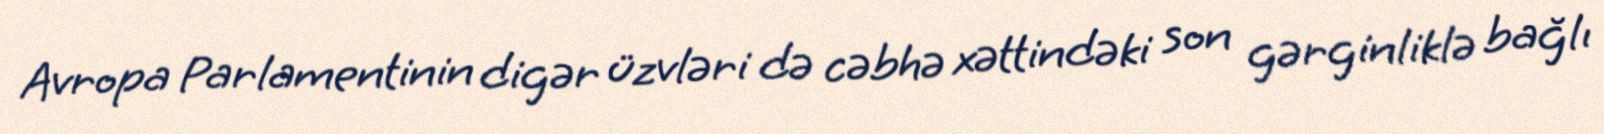
Avropa Parlamentinin digər üzvləri də cəbhə xəttindəki son gərginliklə bağlı